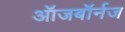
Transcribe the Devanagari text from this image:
ऑजबॉर्नज